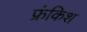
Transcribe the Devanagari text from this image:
फ्रंकिश